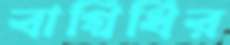
বাগ্বিধির